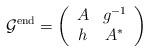
LaTeX: \begin{align*} \mathcal{G}^{\mathrm{end}} = \left( \begin{array}{cc}A&g^{-1}\\h& A^* \end{array}\right)\end{align*}